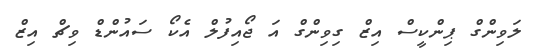
ލަވިންގް ޕިންކީސް އިޒް ގިވިންގް އަ ޖޯއިފުލް އެކޯ ސައުންޑް ވިޗް އިޒް